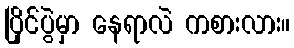
ပြိုင်ပွဲမှာ နေရာလဲ ကစားလား။